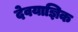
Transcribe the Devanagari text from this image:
देवयाज्ञिक